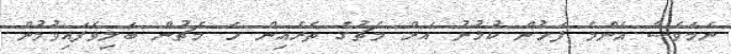
ނަމަވެސް އެންމެ ފަހުން ކުޅުނު އަށް މެޗުގެ ތެރެއިން ހަ މެޗުން ބަލިވެފައިވުމުން